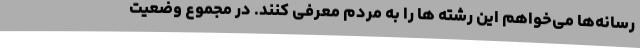
رسانه‌ها می‌خواهم این رشته ها را به مردم معرفی کنند. در مجموع وضعیت